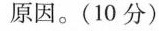
原因。(10 分)